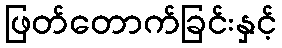
ဖြတ်တောက်ခြင်းနှင့်